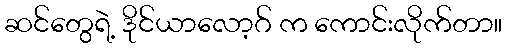
ဆင်တွေရဲ့ ဒိုင်ယာလော့ဂ် က ကောင်းလိုက်တာ။